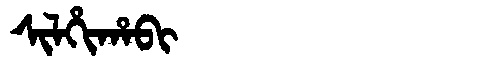
Manchu: ᠰᡳᠯᡥᡳᡥᠠᠪᡳ
Romanization: SILHIHABI